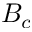
B _ { c }